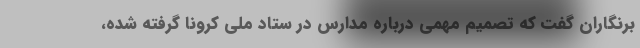
برنگاران گفت که تصمیم مهمی درباره مدارس در ستاد ملی کرونا گرفته شده،